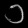
Digit: ၁